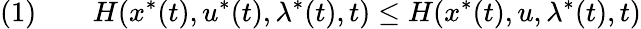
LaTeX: (1)\qquad H(x^{*}(t),u^{*}(t),\lambda^{*}(t),t)\leq H(x^{*}(t),u,\lambda^{*}(t),t)